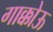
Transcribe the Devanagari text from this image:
गाक्कोऊ